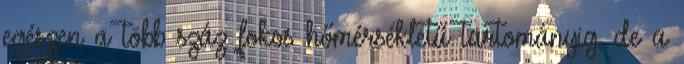
egészen a több száz fokos hőmérsékletű tartományig, de a